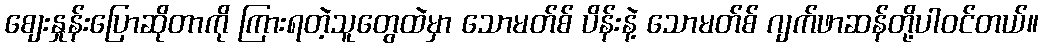
စျေးနှုန်းပြောဆိုတာကို ကြားရတဲ့သူတွေထဲမှာ သောမတ်စ် ပိန်းနဲ့ သောမတ်စ် ဂျက်ဖာဆန်တို့ပါဝင်တယ်။